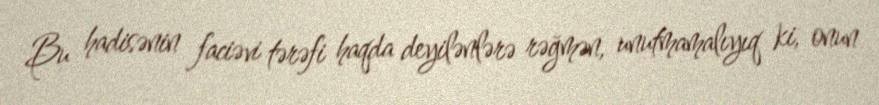
Bu hadisənin faciəvi tərəfi haqda deyilənlərə rəğmən, unutmamalıyıq ki, onun